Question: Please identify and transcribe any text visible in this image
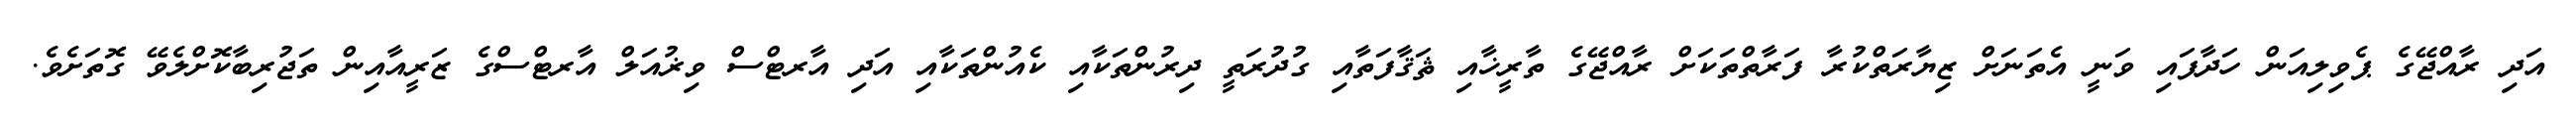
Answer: އަދި ރާއްޖޭގެ ޕެވިލިއަން ހަދާފައި ވަނީ އެތަނަށް ޒިޔާރަތްކުރާ ފަރާތްތަކަށް ރާއްޖޭގެ ތާރީޚާއި ޘަޤާފަތާއި ގުދުރަތީ ދިރުންތަކާއި ކެއުންތަކާއި އަދި އާރޓްސް ވިޜުއަލް އާރޓްސްގެ ޒަރީއާއިން ތަޖުރިބާކޮށްލެވޭ ގޮތަށެވެ.